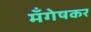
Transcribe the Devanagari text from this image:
मँगेषकर